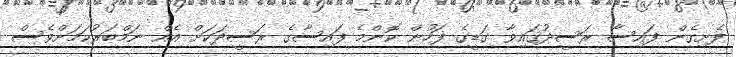
ފެށިގެން ފައިސާ ރަސީދުގައިވާ ގަޑީގެ ފަހުން ކޮންމެ ފައިސާގެ ރަސީދަކަށް އެއް ނަމްބަރުކަމަށްވެސް